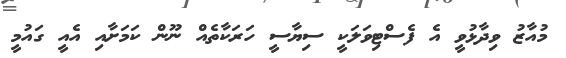
މުއާޒު ވިދާޅުވީ އެ ފެސްޓިވަލަކީ ސިޔާސީ ހަރަކާތެއް ނޫން ކަމަށާއި އެއީ ގައުމީ